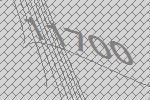
11700